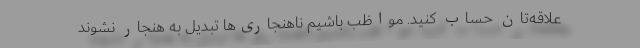
علاقه‌تان حساب کنید. مواظب باشیم ناهنجاری‌ها تبدیل به هنجار نشوند